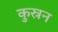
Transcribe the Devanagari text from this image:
कुस्रन